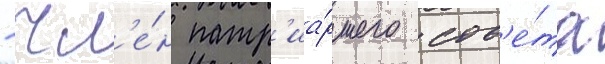
- чл'е́н патр'иа́ршего сов'е́та